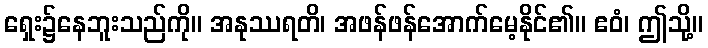
ရှေး၌နေဘူးသည်ကို။ အနုဿရတိ၊ အဖန်ဖန်အောက်မေ့နိုင်၏။ ဧဝံ၊ ဤသို့။